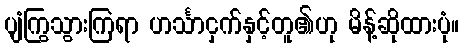
ပျံကြွသွားကြရာ ဟင်္သာငှက်နှင့်တူ၏ဟု မိန့်ဆိုထားပုံ။